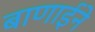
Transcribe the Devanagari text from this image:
बाणाईने